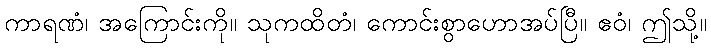
ကာရဏံ၊ အကြောင်းကို။ သုကထိတံ၊ ကောင်းစွာဟောအပ်ပြီ။ ဧဝံ၊ ဤသို့။